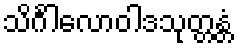
သိင်္ဂါလောဝါဒသုတ္တန္တံ